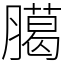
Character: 臈